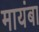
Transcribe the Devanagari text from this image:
मायंबा